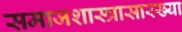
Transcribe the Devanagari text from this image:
समाजशास्त्रासारख्या